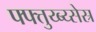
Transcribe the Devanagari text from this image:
फ्फ्त्तुय्ब्य्सेस्र